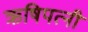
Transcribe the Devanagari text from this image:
ऋषिपत्नी